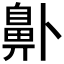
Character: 𱌑